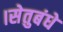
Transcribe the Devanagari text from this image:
।सेतुबंधे